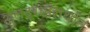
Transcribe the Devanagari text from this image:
अल्ट्रामॅराथॉन